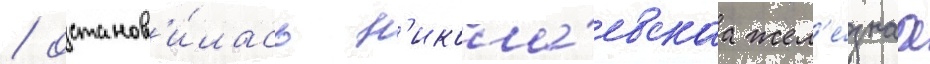
/ останов'и́лась н'икола́евскаа жел'е́знаа